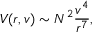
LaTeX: V ( r , v ) \sim N ^ { 2 } \frac { v ^ { 4 } } { r ^ { 7 } } ,